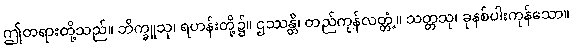
ဤတရားတို့သည်။ ဘိက္ခူသု၊ ရဟန်းတို့၌။ ဌဿန္တိ၊ တည်ကုန်လတ္တံ့။ သတ္တသု၊ ခုနစ်ပါးကုန်သော။